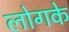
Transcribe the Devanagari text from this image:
लोगके